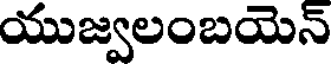
యుజ్వలంబయెన్